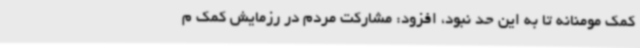
کمک مومنانه تا به این حد نبود، افزود: مشارکت مردم در رزمایش کمک م